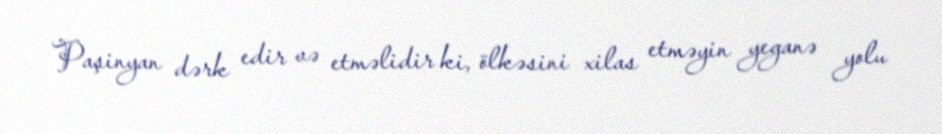
Paşinyan dərk edir və etməlidir ki, ölkəsini xilas etməyin yeganə yolu